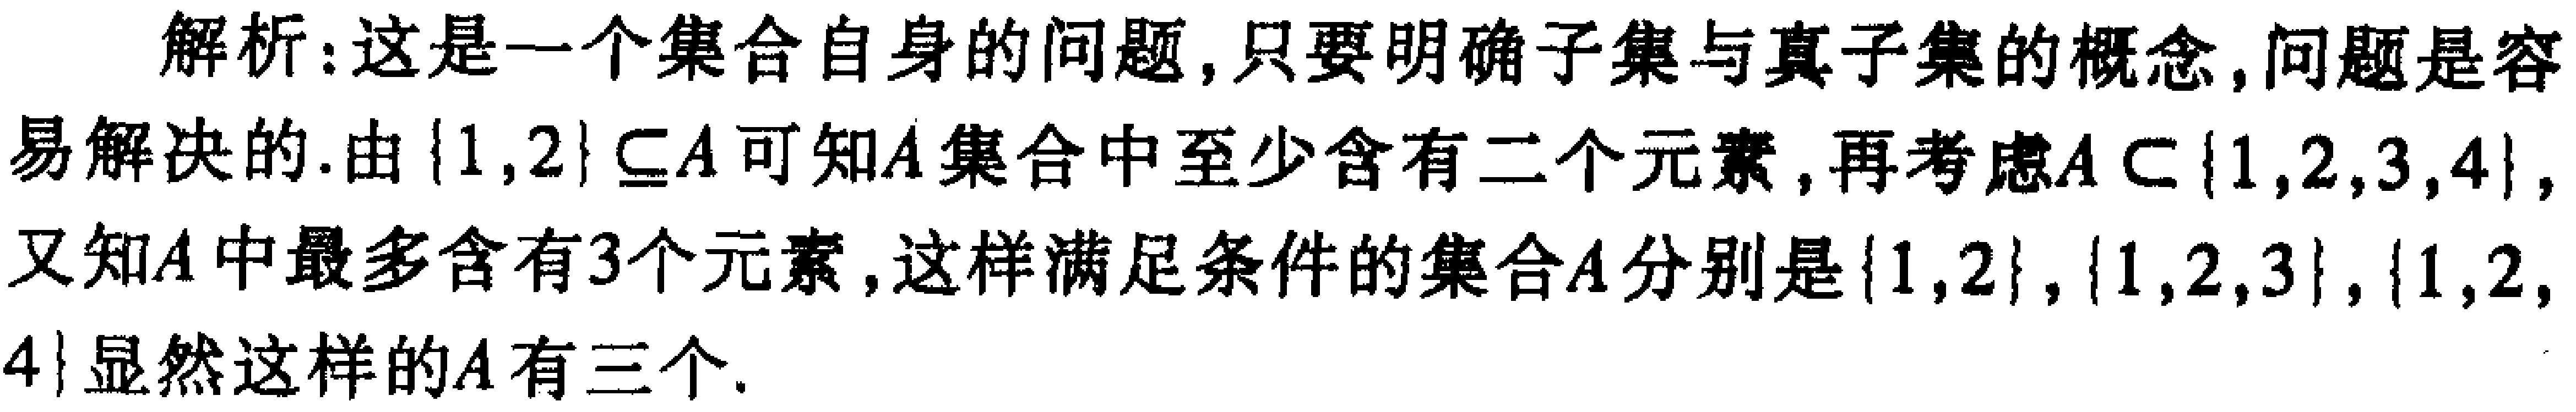
解析：这是一个集合自身的问题，只要明确子集与真子集的概念, 问题是容易解决的. 由\(\{1,2\} \subseteq A\)可知\(A\)集合中至少含有二个元素, 再考虑\(A\subset \{1,2,3,4\}\), 又知\(A\)中最多含有\(3\)个元素, 这样满足条件的集合\(A\)分别是\(\{1,2\}\), \(\{1,2,3\}\), \(\{1,2,4\}\)显然这样的\(A\)有三个.